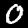
Label: 0